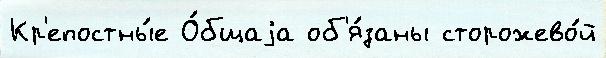
Кр'епостны́е О́бщаjа об'я́заны сторожево́й